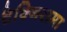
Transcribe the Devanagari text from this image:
टेक्निरामा